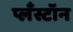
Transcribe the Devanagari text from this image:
प्लँस्टॉन